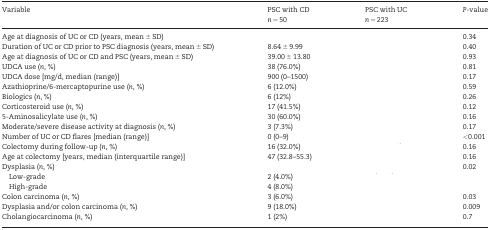
<table><thead><tr><td rowspan="2"><b>Variable</b></td><td><b>PSC with CD</b></td><td><b>PSC with UC</b></td><td rowspan="2"><b><i>P</i>-value</b></td></tr><tr><td><b><i>n</i> = 50</b></td><td><b><i>n</i> = 223</b></td></tr></thead><tbody><tr><td>Age at diagnosis of UC or CD (years, mean ± SD)</td><td>[EMPTY_CELL]</td><td>[EMPTY_CELL]</td><td>0.34</td></tr><tr><td>Duration of UC or CD prior to PSC diagnosis (years, mean ± SD)</td><td>8.64 ± 9.99</td><td>[EMPTY_CELL]</td><td>0.40</td></tr><tr><td>Age at diagnosis of UC or CD and PSC (years, mean ± SD)</td><td>39.00 ± 13.80</td><td>[EMPTY_CELL]</td><td>0.93</td></tr><tr><td>UDCA use (<i>n</i>, %)</td><td>38 (76.0%)</td><td>[EMPTY_CELL]</td><td>0.81</td></tr><tr><td>UDCA dose [mg/d, median (range)]</td><td>900 (0–1500)</td><td>[EMPTY_CELL]</td><td>0.17</td></tr><tr><td>Azathioprine/6-mercaptopurine use (<i>n</i>, %)</td><td>6 (12.0%)</td><td>[EMPTY_CELL]</td><td>0.59</td></tr><tr><td>Biologics (<i>n</i>, %)</td><td>6 (12%)</td><td>[EMPTY_CELL]</td><td>0.26</td></tr><tr><td>Corticosteroid use (<i>n</i>, %)</td><td>17 (41.5%)</td><td>[EMPTY_CELL]</td><td>0.12</td></tr><tr><td>5-Aminosalicylate use (<i>n</i>, %)</td><td>30 (60.0%)</td><td>[EMPTY_CELL]</td><td>0.16</td></tr><tr><td>Moderate/severe disease activity at diagnosis (<i>n</i>, %)</td><td>3 (7.3%)</td><td>[EMPTY_CELL]</td><td>0.17</td></tr><tr><td>Number of UC or CD flares [median (range)]</td><td>0 (0–9)</td><td>[EMPTY_CELL]</td><td>&lt;0.001</td></tr><tr><td>Colectomy during follow-up (<i>n</i>, %)</td><td>16 (32.0%)</td><td>[EMPTY_CELL]</td><td>0.16</td></tr><tr><td>Age at colectomy [years, median (interquartile range)]</td><td>47 (32.8–55.3)</td><td>[EMPTY_CELL]</td><td>0.16</td></tr><tr><td>Dysplasia (<i>n</i>, %)</td><td>[EMPTY_CELL]</td><td>[EMPTY_CELL]</td><td>0.02</td></tr><tr><td> Low-grade</td><td>2 (4.0%)</td><td>[EMPTY_CELL]</td><td>[EMPTY_CELL]</td></tr><tr><td> High-grade</td><td>4 (8.0%)</td><td>[EMPTY_CELL]</td><td>[EMPTY_CELL]</td></tr><tr><td>Colon carcinoma (<i>n</i>, %)</td><td>3 (6.0%)</td><td>[EMPTY_CELL]</td><td>0.03</td></tr><tr><td>Dysplasia and/or colon carcinoma (<i>n</i>, %)</td><td>9 (18.0%)</td><td>[EMPTY_CELL]</td><td>0.009</td></tr><tr><td>Cholangiocarcinoma (<i>n</i>, %)</td><td>1 (2%)</td><td>[EMPTY_CELL]</td><td>0.7</td></tr></tbody></table>